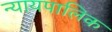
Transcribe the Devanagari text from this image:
न्यायपालिक